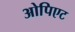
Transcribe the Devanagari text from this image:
ओपिएट